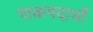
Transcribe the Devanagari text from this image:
पाकपदार्थो